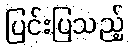
ပြင်းပြသည့်